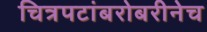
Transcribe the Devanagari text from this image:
चित्रपटांबरोबरीनेच